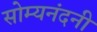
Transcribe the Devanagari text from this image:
सोम्यनंदनी